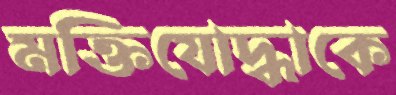
মক্তিযোদ্ধাকে